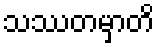
သဿတမှာတိ